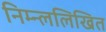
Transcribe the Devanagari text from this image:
निम्न्ललिखित